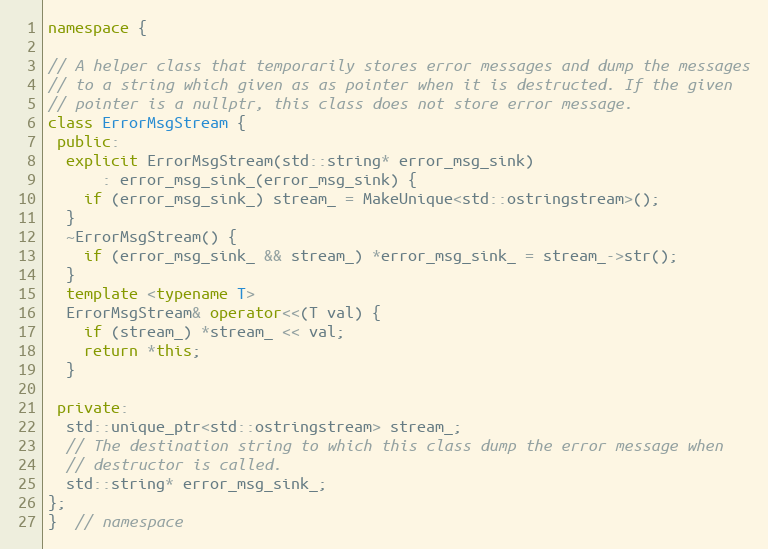
Language: C++
namespace {

// A helper class that temporarily stores error messages and dump the messages
// to a string which given as as pointer when it is destructed. If the given
// pointer is a nullptr, this class does not store error message.
class ErrorMsgStream {
 public:
  explicit ErrorMsgStream(std::string* error_msg_sink)
      : error_msg_sink_(error_msg_sink) {
    if (error_msg_sink_) stream_ = MakeUnique<std::ostringstream>();
  }
  ~ErrorMsgStream() {
    if (error_msg_sink_ && stream_) *error_msg_sink_ = stream_->str();
  }
  template <typename T>
  ErrorMsgStream& operator<<(T val) {
    if (stream_) *stream_ << val;
    return *this;
  }

 private:
  std::unique_ptr<std::ostringstream> stream_;
  // The destination string to which this class dump the error message when
  // destructor is called.
  std::string* error_msg_sink_;
};
}  // namespace